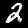
Label: 2